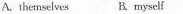
A. themselves B.myself